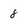
Character: 8